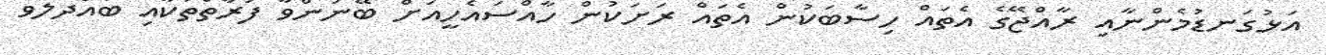
އަޅުގަނޑުމެންނާއި ރާއްޖޭގެ އެތައް ހިސާބަކުން އެތައް ރަށަކުން ހާއްސައެހީއަށް ބޭނުންވާ ފަރާތްތަކާއި ބައްދަލުވެ